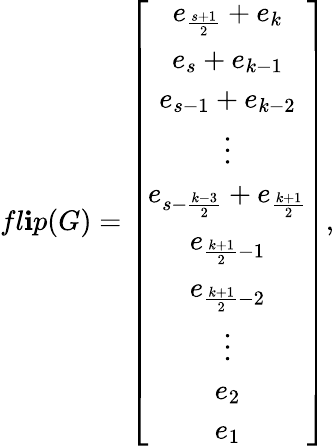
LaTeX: fl\mathbf{i}p(G)=\left[\begin{array}{c}{e_{\frac{s+1}{2}}+e_{k}}\\ {e_{s}+e_{k-1}}\\ {e_{s-1}+e_{k-2}}\\ {\vdots}\\ {e_{s-\frac{k-3}{2}}+e_{\frac{k+1}{2}}}\\ {e_{\frac{k+1}{2}-1}}\\ {e_{\frac{k+1}{2}-2}}\\ {\vdots}\\ {e_{2}}\\ {e_{1}}\end{array}\right],